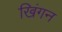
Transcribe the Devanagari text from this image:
खिंगन